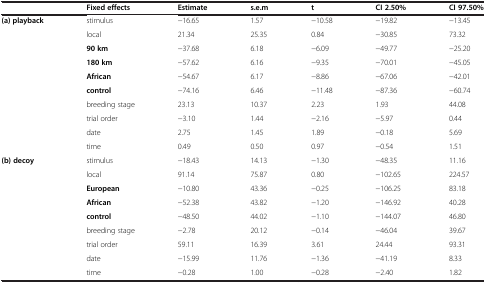
|  | Fixed effects | Estimate | s.e.m | t | CI 2.50% | CI 97.50% |
 | --- | --- | --- | --- | --- | --- | --- |
 | (a) playback | stimulus | −16.65 | 1.57 | −10.58 | −19.82 | −13.45 |
 |  | local | 21.34 | 25.35 | 0.84 | −30.85 | 73.32 |
 |  | 90 km | −37.68 | 6.18 | −6.09 | −49.77 | −25.20 |
 |  | 180 km | −57.62 | 6.16 | −9.35 | −70.01 | −45.05 |
 |  | African | −54.67 | 6.17 | −8.86 | −67.06 | −42.01 |
 |  | control | −74.16 | 6.46 | −11.48 | −87.36 | −60.74 |
 |  | breeding stage | 23.13 | 10.37 | 2.23 | 1.93 | 44.08 |
 |  | trial order | −3.10 | 1.44 | −2.16 | −5.97 | 0.44 |
 |  | date | 2.75 | 1.45 | 1.89 | −0.18 | 5.69 |
 |  | time | 0.49 | 0.50 | 0.97 | −0.54 | 1.51 |
 | (b) decoy | stimulus | −18.43 | 14.13 | −1.30 | −48.35 | 11.16 |
 |  | local | 91.14 | 75.87 | 0.80 | −102.65 | 224.57 |
 |  | European | −10.80 | 43.36 | −0.25 | −106.25 | 83.18 |
 |  | African | −52.38 | 43.82 | −1.20 | −146.92 | 40.28 |
 |  | control | −48.50 | 44.02 | −1.10 | −144.07 | 46.80 |
 |  | breeding stage | −2.78 | 20.12 | −0.14 | −46.04 | 39.67 |
 |  | trial order | 59.11 | 16.39 | 3.61 | 24.44 | 93.31 |
 |  | date | −15.99 | 11.76 | −1.36 | −41.19 | 8.33 |
 |  | time | −0.28 | 1.00 | −0.28 | −2.40 | 1.82 |